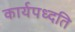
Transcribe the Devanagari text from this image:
कार्यपध्दति